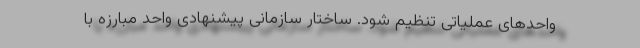
واحدهای عملیاتی تنظیم شود. ساختار سازمانی پیشنهادی واحد مبارزه با